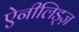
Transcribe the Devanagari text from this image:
ऐनीलिड्ज़